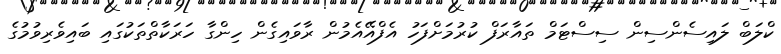
ކްލަބް ލައިސެންސިން ސިސްޓަމް ތައާރަފް ކުރުމަށްފަހު އެފްއޭއެމުން ރާވައިގެން ހިންގާ ހަރަކާތްތަކުގައި ބައިވެރިވުމުގެ